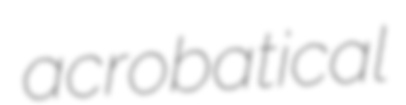
acrobatical